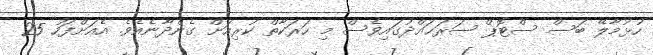
ހުޅުމާލޭ ބަސް ސްޓޮޕް ސަރަޙައްދުގައިވެސް މި ހަރަކާތް ކުރިއަށް ގެންދާނެއެވެ. އެއަށްފަހު 25